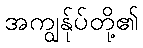
အကျွန်ုပ်တို့၏